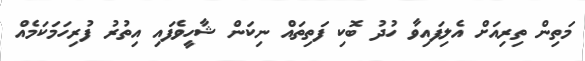
މަތިން ތިރިއަށް އެލިފައިވާ ހުދު ބޮކި ފަތިތައް ނިކަން ޝާހީވެފައި އިތުރު ފުރިހަމަކަމެއް